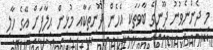
މި ދެންނެވުނު ދޫނީގެ ބާވަތަކީ އެހެން ދޫނިތަކާއި މުޅިން ޙިލާފަށް އޭގެ ހާލި